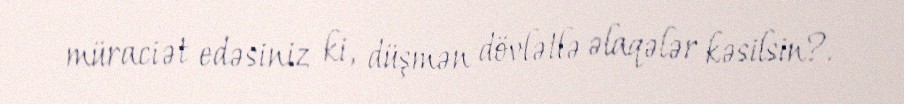
müraciət edəsiniz ki, düşmən dövlətlə əlaqələr kəsilsin?.